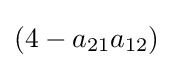
(4-a_{21}a_{12})